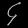
Digit: ၄